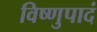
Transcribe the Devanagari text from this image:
विष्णुपादं